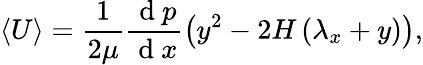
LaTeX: \langle U\rangle=\frac{1}{2\mu}\frac{\mathrm{~d~}p}{\mathrm{~d~}x}\left(y^{2}-2H\left(\lambda_{x}+y\right)\right),